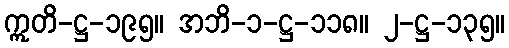
ဣတိ-ဋ္ဌ-၁၉၅။ အဘိ-၁-ဋ္ဌ-၁၁၈။ ၂-ဋ္ဌ-၁၃၅။